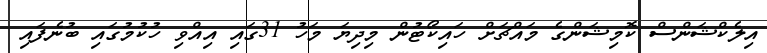
އިލެކްޝަންސް ކޮމިޝަންގެ މައްޗަށް ހައިކޯޓުން މިދިޔަ މަހު 31ގައި އިއްވި ހުކުމުގައި ބުނެފައި